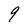
Character: 9